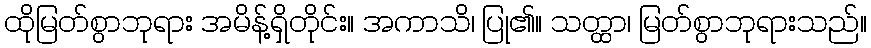
ထိုမြတ်စွာဘုရား အမိန့်ရှိတိုင်း။ အကာသိ၊ ပြု၏။ သတ္ထာ၊ မြတ်စွာဘုရားသည်။